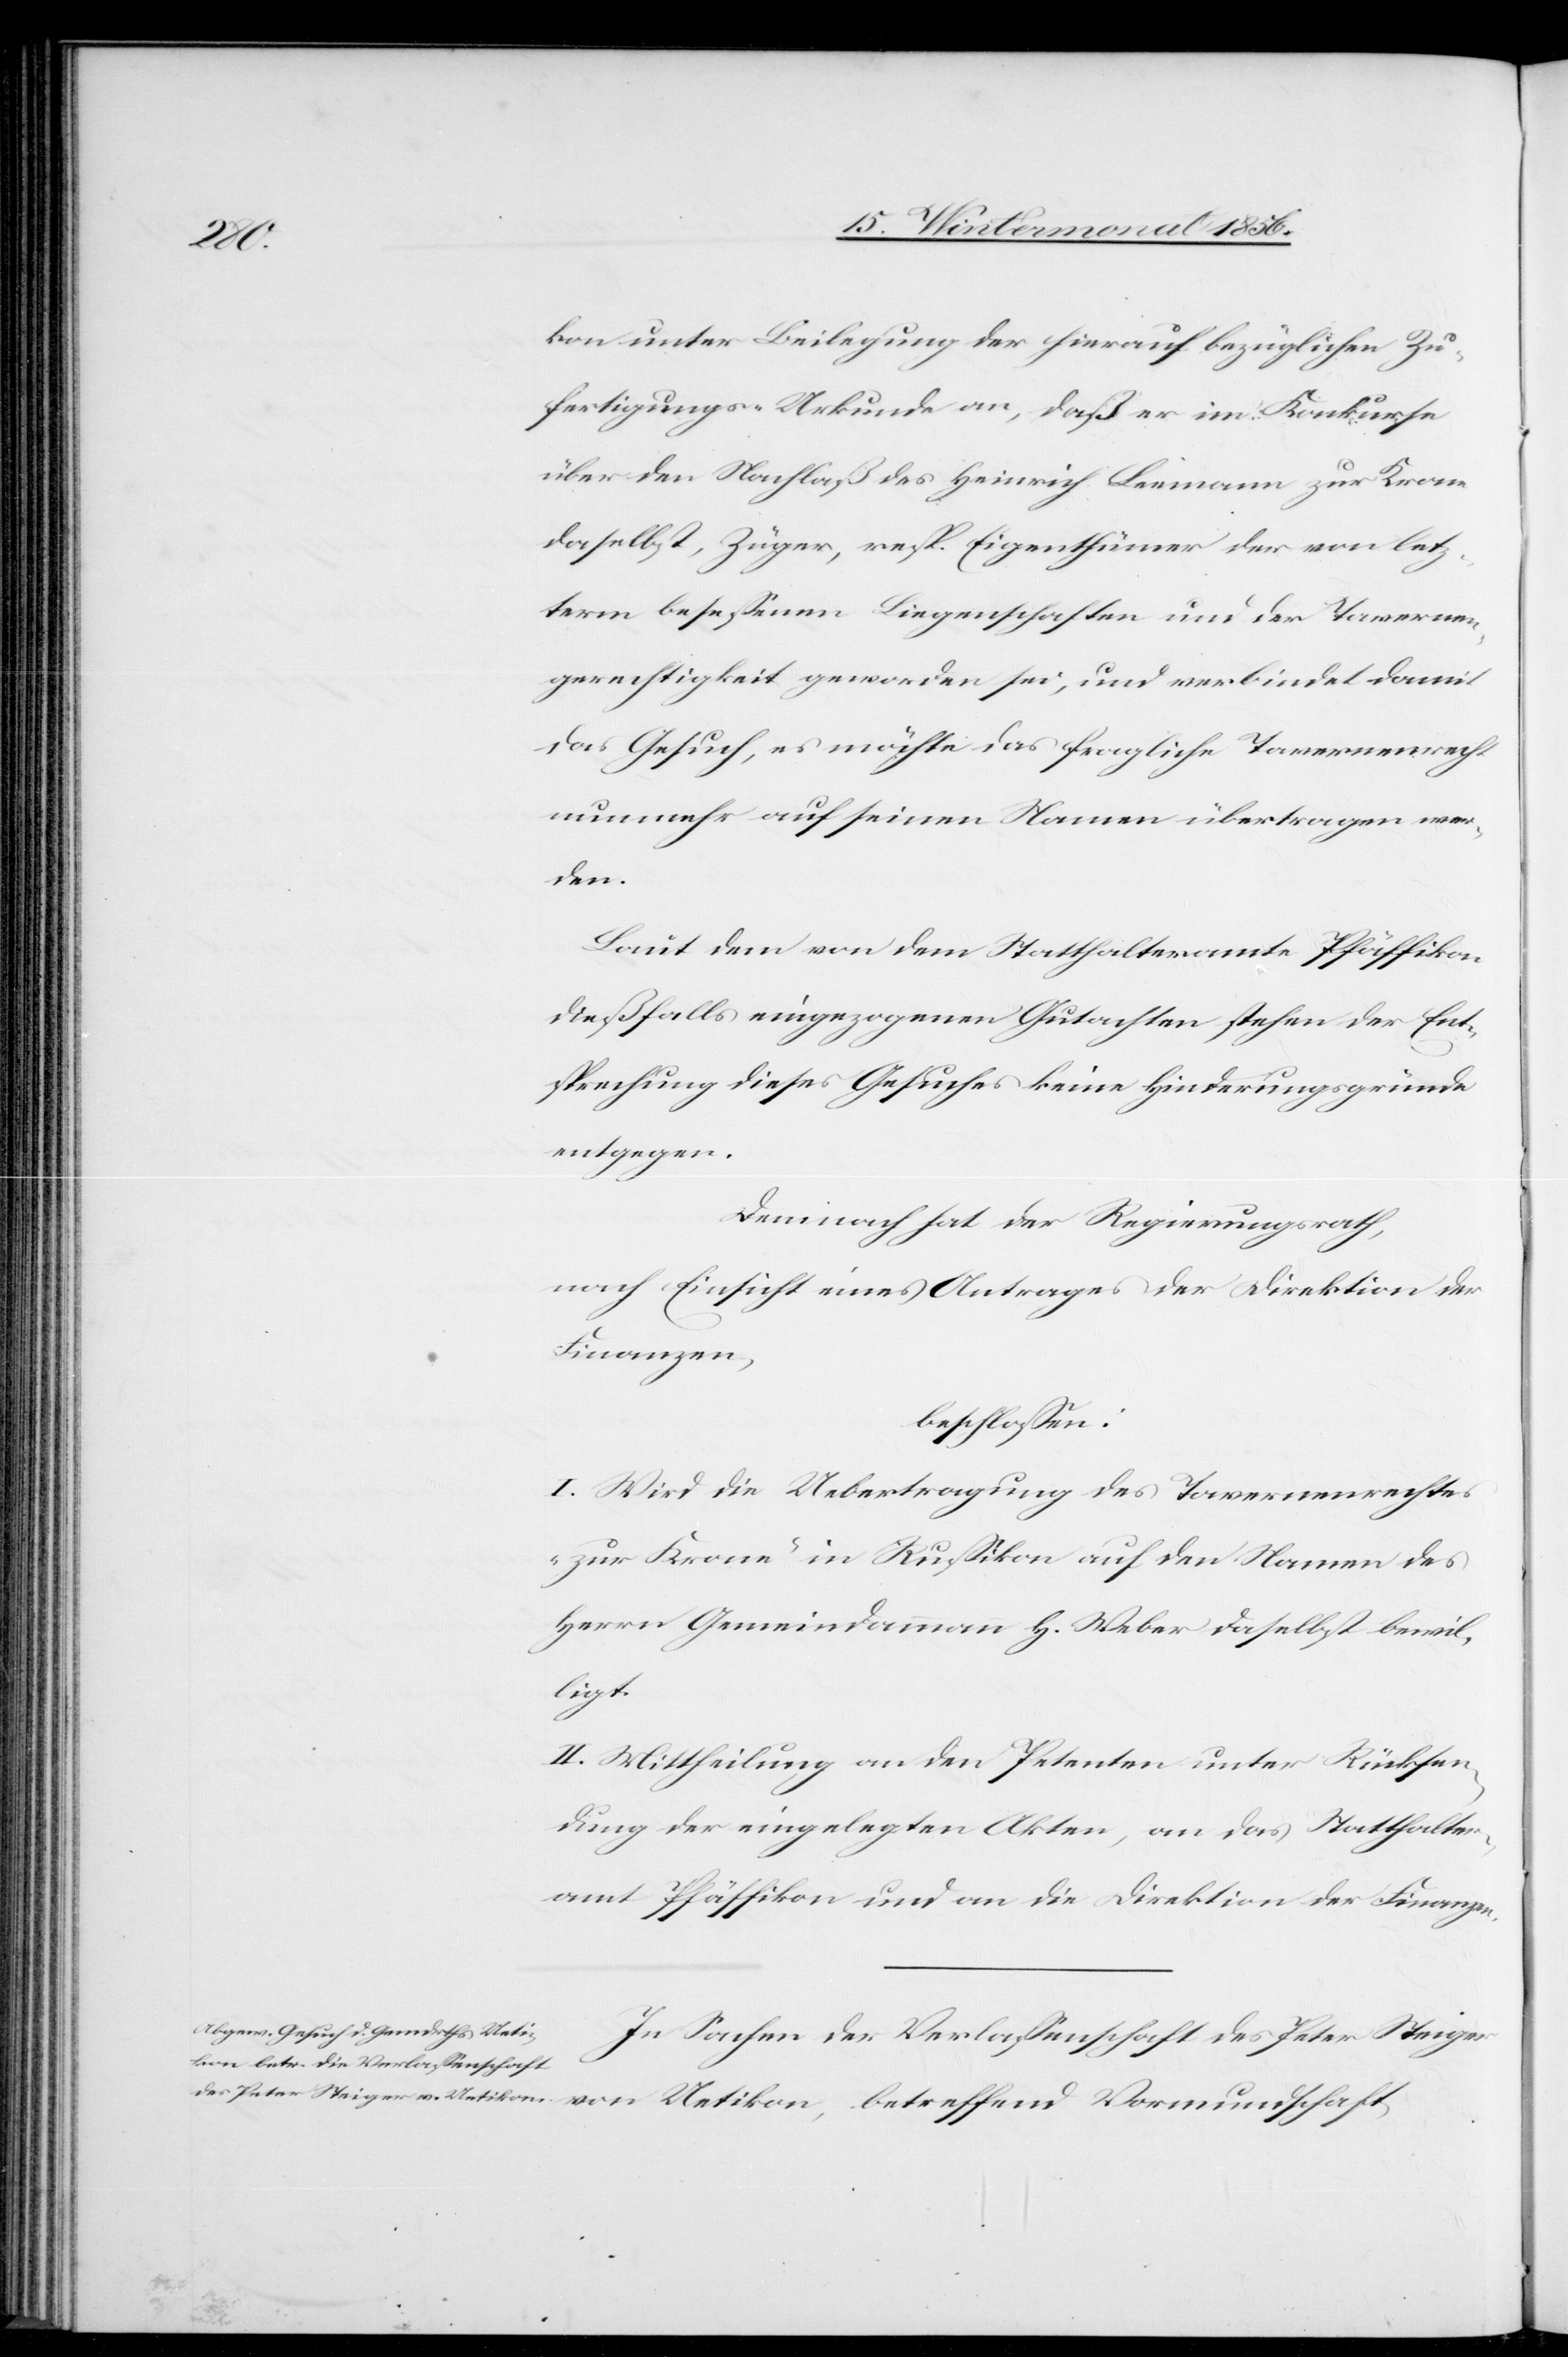
kon unter Beilegung der hierauf bezüglichen Zu¬
fertigungs-Urkunde an, daß er im Konkurse
über den Nachlaß des Heinrich Leemann zur Krone
daselbst, Züger, resp. Eigenthümer der von letz¬
term besessenen Liegenschaften und der Tavernen¬
gerechtigkeit geworden sei, und verbindet damit
das Gesuch, es möchte das fragliche Tavernenrecht
nunmehr auf seinen Namen übertragen wer¬
den.
Laut dem von dem Statthalteramte Pfäffikon
dießfalls eingezogenen Gutachten stehen der Ent¬
sprechung dieses Gesuches keine Hinderungsgründe
entgegen.
Demnach hat der Regierungsrath,
nach Einsicht eines Antrages der Direktion der
Finanzen,
beschlossen:
I. Wird die Uebertragung des Tavernenrechtes
„zur Krone“ in Russikon auf den Namen des
Herrn Gemeindammann H. Weber daselbst bewil¬
ligt.
II. Mittheilung an den Petenten unter Rücksen¬
dung der eingelegten Akten, an das Statthalter¬
amt Pfäffikon und an die Direktion der Finanzen.
In Sachen der Verlassenschaft des Peter Steiger